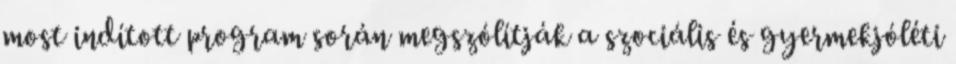
most indított program során megszólítják a szociális és gyermekjóléti